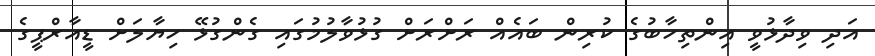
އަދި ވިދާޅުވީ އިންތިހާބުގެ ކުރިން ބައެއް ރަށްރަށް ގުޅުވާލުމުގައި ގެންގުޅޭ ހިޔާލަށް ޑީއާރްޕީގެ